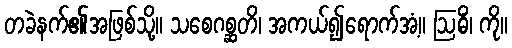
တခဲနက်၏အဖြစ်သို့။ သစေဂစ္ဆတိ၊ အကယ်၍ရောက်အံ့။ ဩဓိံ၊ ကို။